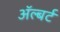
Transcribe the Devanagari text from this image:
ॲल्बर्ट